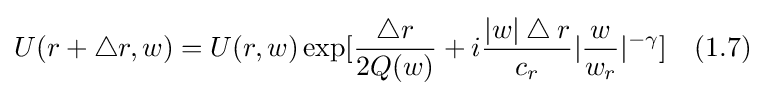
U(r+\bigtriangleup r,w)=U(r,w)\exp[{\frac {\bigtriangleup r}{2Q(w)}}+i{\frac {|w|\bigtriangleup r}{c_{r}}}|{\frac {w}{w_{r}}}|^{-\gamma }]\quad (1.7)